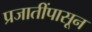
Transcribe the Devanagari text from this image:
प्रजातींपासून